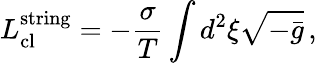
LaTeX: L_{\mathrm{cl}}^{\mathrm{string}}=-\frac{\sigma}{T}\int d^{2}\xi\sqrt{-\bar{g}}\, ,